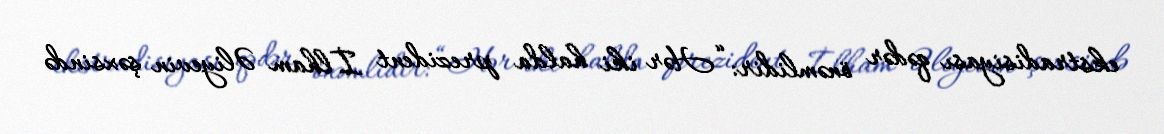
ekstradisiyası qədər önəmlidir: “Hər iki halda prezident İlham Əliyevin şəxsində